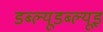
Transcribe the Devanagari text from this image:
डब्ल्यूडब्ल्यूइ